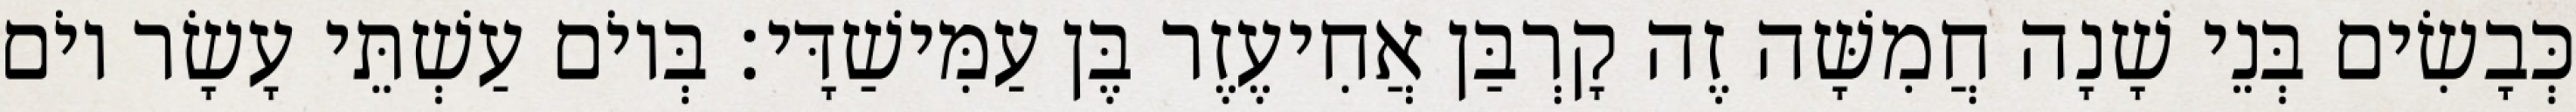
כְּבָשִׂים בְּנֵי שָׁנָה חֲמִשָּׁה זֶה קָרְבַּן אֲחִיעֶזֶר בֶּן עַמִּישַׁדָּי׃ בְּיוֹם עַשְׁתֵּי עָשָׂר יוֹם